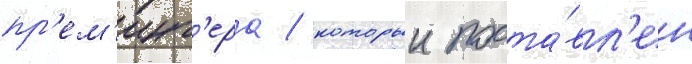
пр'ем'инг'ера / которыи поста́вл'ен